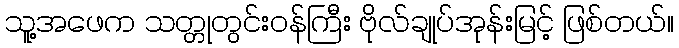
သူ့အဖေက သတ္တုတွင်းဝန်ကြီး ဗိုလ်ချုပ်အုန်းမြင့် ဖြစ်တယ်။